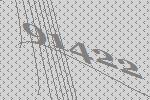
91422